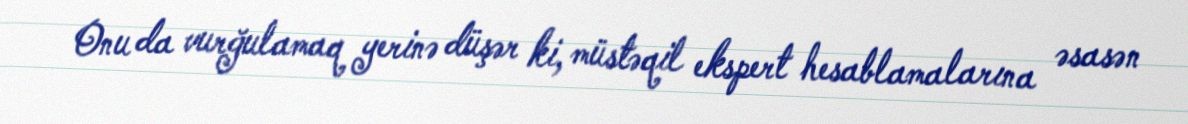
Onu da vurğulamaq yerinə düşər ki, müstəqil ekspert hesablamalarına əsasən